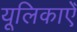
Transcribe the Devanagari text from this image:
यूलिकाएँ